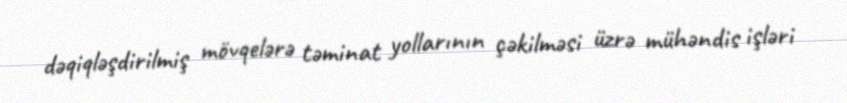
dəqiqləşdirilmiş mövqelərə təminat yollarının çəkilməsi üzrə mühəndis işləri